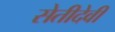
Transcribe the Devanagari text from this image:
सेतीदेवी